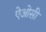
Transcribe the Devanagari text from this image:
ऐओसी